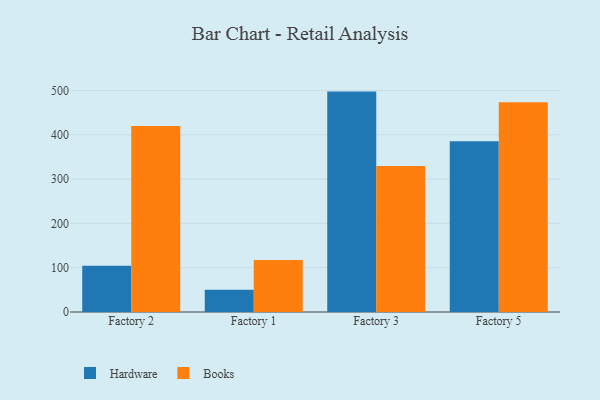
{"axis": {"x": "Factory", "y": "Population (Million)"}, "legend": ["Books", "Hardware"], "data": [{"x": "Factory 2", "y": 104.5, "type": "Hardware"}, {"x": "Factory 2", "y": 420.1, "type": "Books"}, {"x": "Factory 1", "y": 50.4, "type": "Hardware"}, {"x": "Factory 1", "y": 117.4, "type": "Books"}, {"x": "Factory 3", "y": 497.6, "type": "Hardware"}, {"x": "Factory 3", "y": 329.6, "type": "Books"}, {"x": "Factory 5", "y": 385.3, "type": "Hardware"}, {"x": "Factory 5", "y": 473.7, "type": "Books"}]}